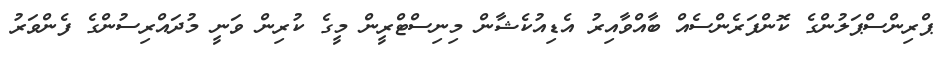
ޕްރިންސްޕަލުންގެ ކޮންފަރެންސެއް ބާއްވާއިރު އެޑިއުކެޝާން މިނިސްޓްރީން މީގެ ކުރިން ވަނީ މުދައްރިސުންގެ ފެންވަރު